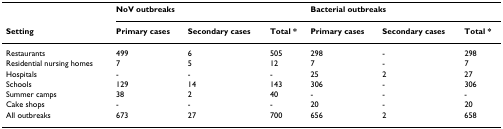
|  | <COLSPAN=3> NoV outbreaks | <COLSPAN=3> Bacterial outbreaks |
 | Setting | Primary cases | Secondary cases | Total * | Primary cases | Secondary cases | Total * |
 | --- | --- | --- | --- | --- | --- | --- |
 | Restaurants | 499 | 6 | 505 | 298 | - | 298 |
 | Residential nursing homes | 7 | 5 | 12 | 7 | - | 7 |
 | Hospitals | - | - | - | 25 | 2 | 27 |
 | Schools | 129 | 14 | 143 | 306 | - | 306 |
 | Summer camps | 38 | 2 | 40 | - | - | - |
 | Cake shops | - | - | - | 20 | - | 20 |
 | All outbreaks | 673 | 27 | 700 | 656 | 2 | 658 |